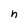
Character: n